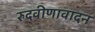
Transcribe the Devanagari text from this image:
रुदवीणावादन